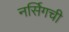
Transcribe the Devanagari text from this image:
नर्सिगची